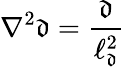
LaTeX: {\nabla^{2}}\mathfrak{d}=\frac{\mathfrak{d}}{\ell_{\mathfrak{d}}^{2}}